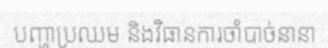
បញ្ហាប្រឈម និងវិធានការចាំបាច់នានា